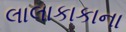
લાલાકાકાના